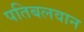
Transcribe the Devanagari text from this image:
पतिबलवान